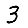
Digit: 3